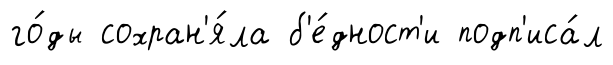
го́ды сохран'я́ла б'е́дност'и подп'иса́л